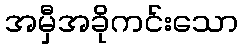
အမှီအခိုကင်းသော